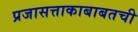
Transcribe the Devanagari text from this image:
प्रजासत्ताकाबाबतची